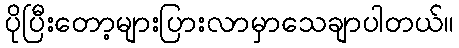
ပိုပြီးတော့များပြားလာမှာသေချာပါတယ်။